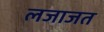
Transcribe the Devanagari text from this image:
लजाजत